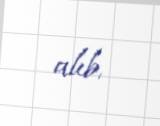
alıb.